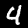
Digit: 4